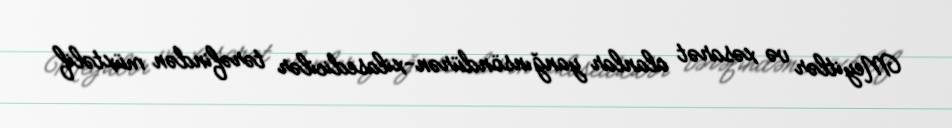
Meyitlər və xəsarət alanlar yanğınsöndürən-xilasedicilər tərəfindən müxtəlif